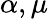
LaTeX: \alpha,\mu